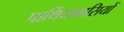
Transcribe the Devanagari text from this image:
पार्थियावासियों